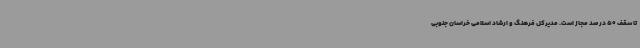
تا سقف 50 درصد مجاز است. مدیرکل فرهنگ و ارشاد اسلامی خراسان جنوبی